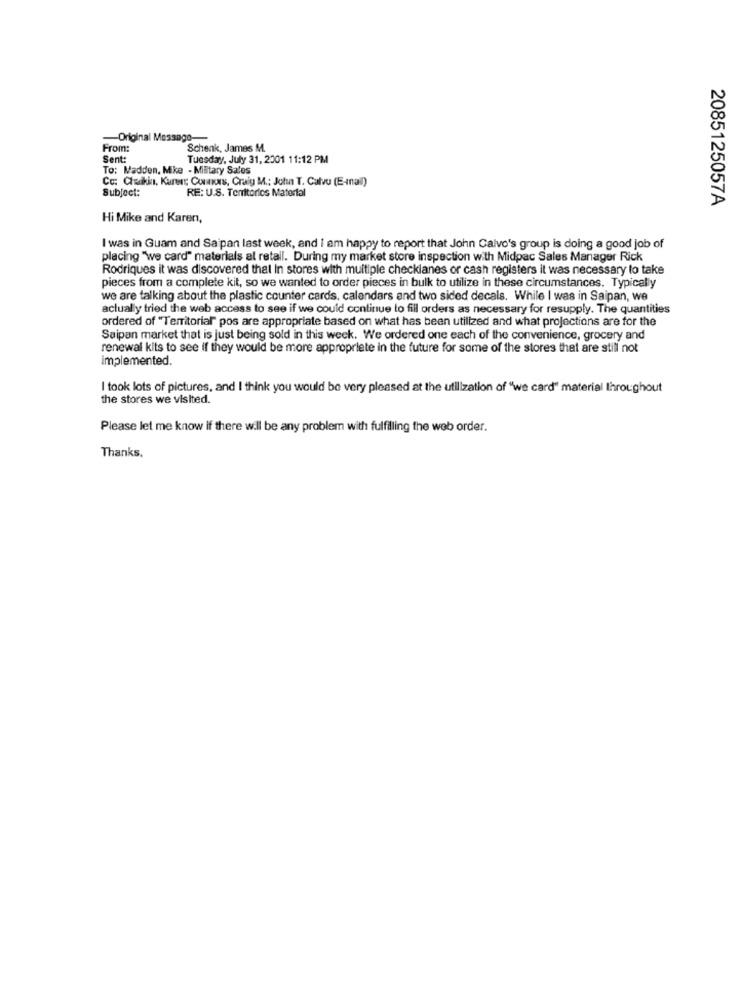
Original Message-
From:
Schenk, James M.
Sent:
Tuesday, July 31, 2001 11:12 PM
To: Madden, Mike - Military Sales
Co: Checkin, Karen: Cours, Craig M .: John T. Calvo (E-mail)
Subject:
RE: U.S. Territories Material
2085125057A
Hi Mike and Karen,
I was in Guam and Saipan last week, and I am happy to report that John Calvo's group is doing a good job of
placing "we card" materials al retall. During my market store inspection with Midpac Sales Manager Rick
Rodriques it was discovered that In stores with multiple checkianes or cash registers it was necessary to take
pieces from a complete kit, so we wanted to order pieces in bulk to utilize in these circumstances. Typically
we are talking about the plastic counter cards, calendars and two sided decals. While I was in Saipan, we
actually tried the web access to see if we could continue to fill orders as necessary for resupply. The quantities
ordered of "Territorial" pos are appropriate based on what has been utilized and what projections are for the
Saipan market that is just being sold in this week. We ordered one each of the convenience, grocery and
renewal kits to see if they would be more appropriate in the future for some of the stores that are still not
implemented.
I took lots of pictures, and I think you would be very pleased at the utilization of "we card" material throughout
the stores we visited.
Please let me know if there will be any problem with fulfilling the web order.
Thanks,